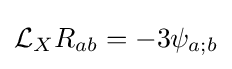
{\mathcal {L}}_{X}R_{ab}=-3\psi _{a;b}